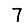
Digit: 7